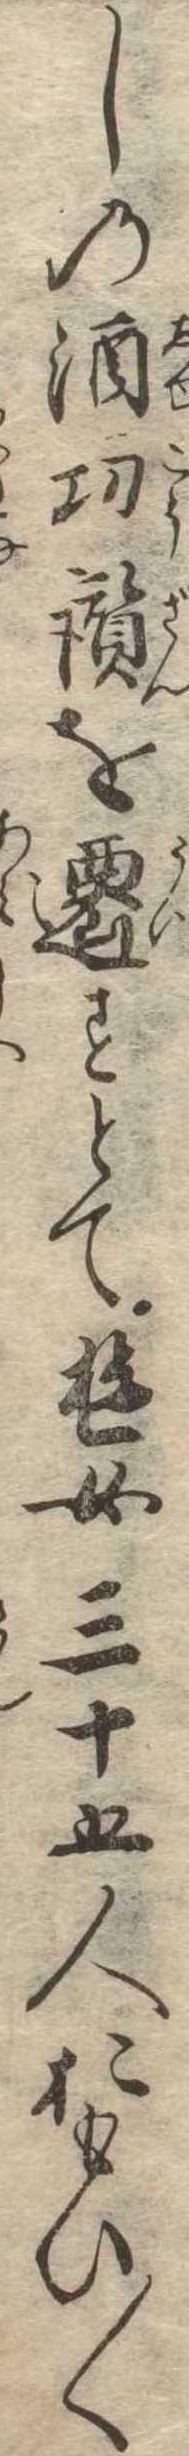
しの酒功讃を遷すとて遊女三十五人おもひ〱